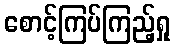
စောင့်ကြပ်ကြည့်ရှု